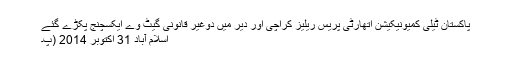
پاکستان ٹیلی کمیونیکیشن اتھارٹی پریس ریلیز کراچی اور دیر میں دوغیر قانونی گیٹ وے ایکسچنج پکڑے گئے
اسلام آباد 31 اکتوبر 2014 (پ۔